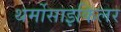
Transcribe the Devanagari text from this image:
थर्मोसाइकिलर